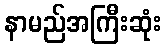
နာမည်အကြီးဆုံး